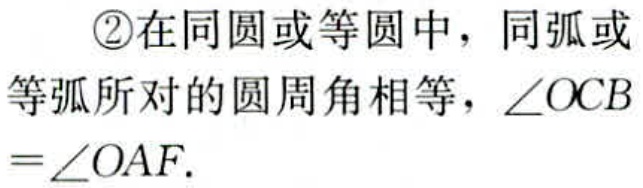
\textcircled{2}在同圆或等圆中，同弧或等弧所对的圆周角相等，\(\angle OCB=\angle OAF\).